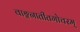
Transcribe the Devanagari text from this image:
वाङ्मनातीतगोचरम्